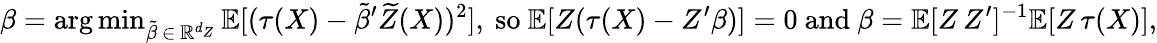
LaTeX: \beta=\mathrm{arg\, min}_{\tilde{\beta}\, \in\, \mathbb{R}^{d_{Z}}}\, \mathbb{E}[(\tau(X)-\tilde{\beta}^{\prime}\widetilde{Z}(X))^{2}]\mathrm{,~so~}\mathbb{E}[Z(\tau(X)-Z^{\prime}\beta)]=0\mathrm{~and~}\beta=\mathbb{E}[Z\, Z^{\prime}]^{-1}\mathbb{E}[Z\, \tau(X)],